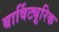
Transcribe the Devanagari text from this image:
बार्विट्यूरिक